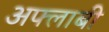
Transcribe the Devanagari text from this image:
अफ्लाबी